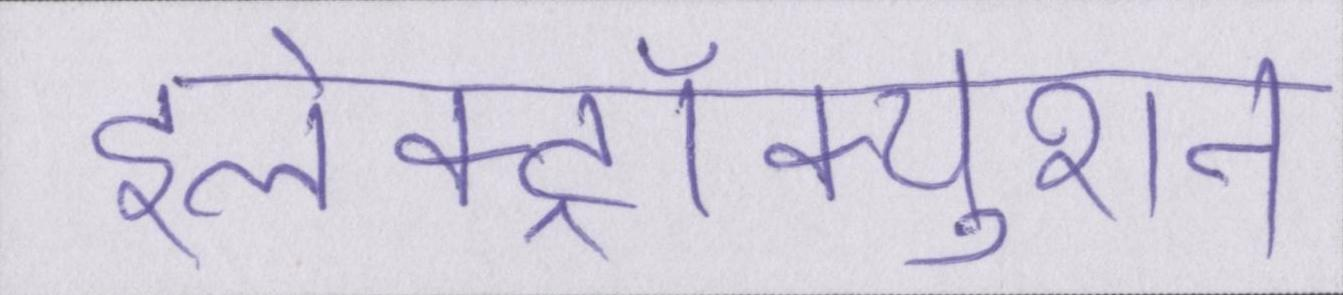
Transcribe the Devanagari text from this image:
इलेक्ट्रॉक्युशन